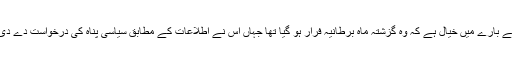
اس کے بارے میں خیال ہے کہ وہ گزشتہ ماہ برطانیہ فرار ہو گیا تھا جہاں اس نے اطلاعات کے مطابق سیاسی پناہ کی درخواست دے دی ہے۔